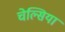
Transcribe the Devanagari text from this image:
चेल्‍िसया